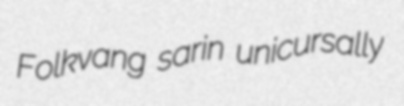
Folkvang sarin unicursally